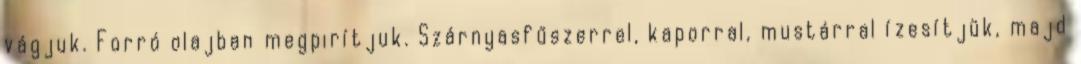
vágjuk. Forró olajban megpirítjuk. Szárnyasfűszerrel, kaporral, mustárral ízesítjük, majd